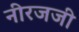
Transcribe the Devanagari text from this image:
नीरजजी